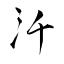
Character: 汘